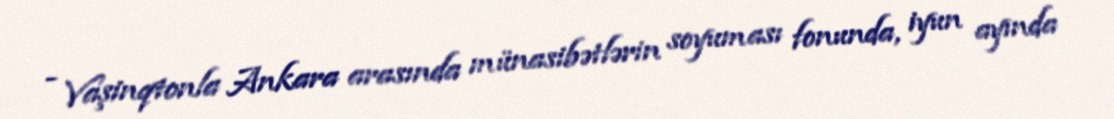
- Vaşinqtonla Ankara arasında münasibətlərin soyuması fonunda, iyun ayında